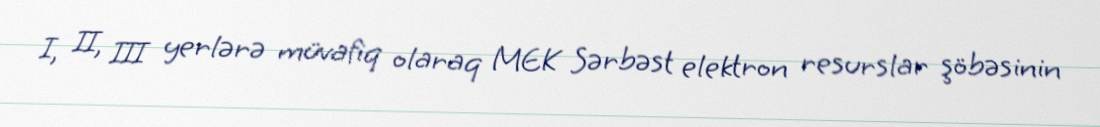
I, II, III yerlərə müvafiq olaraq MEK Sərbəst elektron resurslar şöbəsinin